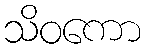
သိဝကော